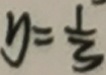
y = \frac { 1 } { 3 }